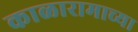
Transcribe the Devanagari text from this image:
काळारामाच्या